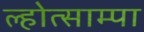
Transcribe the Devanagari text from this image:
ल्होत्साम्पा